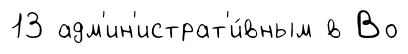
13 адм'ин'истрат'и́вным в Во